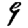
Digit: 9